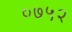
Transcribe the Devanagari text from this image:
०७५२